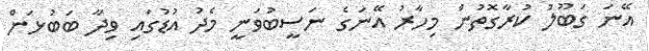
އޭނަ ގަބޫލު ކުރާގޮތުން މިހާރު އޭނަގެ ނަސީބުވަނީ މެދު އުޑުގައި ވިދާ ބަބުޅަން